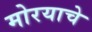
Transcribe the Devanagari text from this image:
मोरयाचे